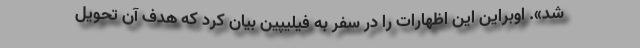
شد». اوبراین این اظهارات را در سفر به فیلیپین بیان کرد که هدف آن تحویل